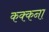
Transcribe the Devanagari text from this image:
कक्कना